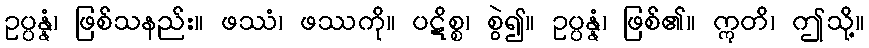
ဥပ္ပန္နံ၊ ဖြစ်သနည်း။ ဖဿံ၊ ဖဿကို။ ပဋိစ္စ၊ စွဲ၍။ ဥပ္ပန္နံ၊ ဖြစ်၏။ ဣတိ၊ ဤသို့။